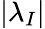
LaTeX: \displaystyle|\lambda_{I}|